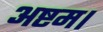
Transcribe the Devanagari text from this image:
अष्टम।